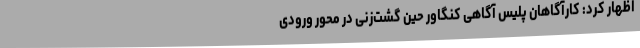
اظهار کرد: کارآگاهان پلیس آگاهی کنگاور حین گشت‌زنی در محور ورودی